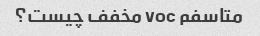
متاسفم voc مخفف چیست؟